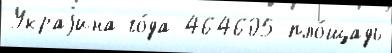
Украjина го́да 464605 пло́щадь